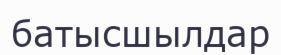
батысшылдар